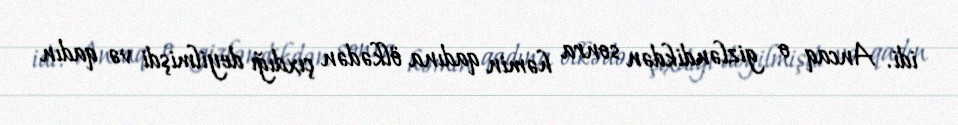
idi. Ancaq o gizləndikdən sonra həmin qadına ölkədən çıxdığı deyilmişdi və qadın